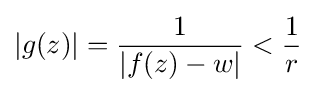
|g(z)|={\frac {1}{|f(z)-w|}}<{\frac {1}{r}}